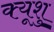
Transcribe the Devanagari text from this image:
क्यूशु